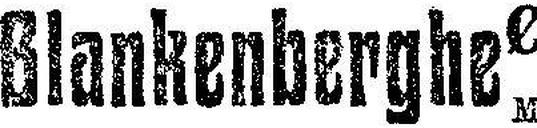
Blankenberghe